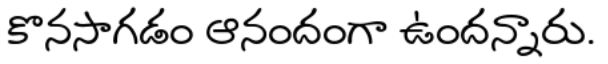
కొనసాగడం ఆనందంగా ఉందన్నారు.